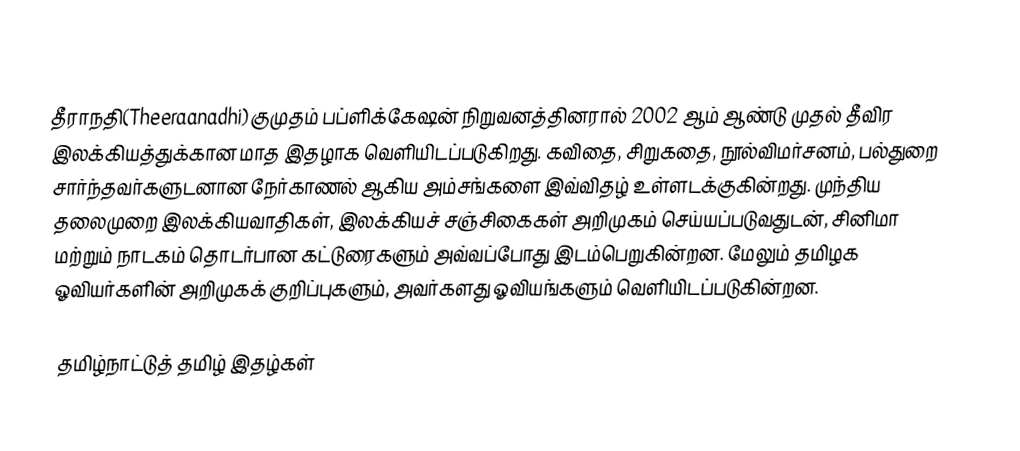
தீராநதி(Theeraanadhi) குமுதம் பப்ளிக்கேஷன் நிறுவனத்தினரால் 2002 ஆம் ஆண்டு முதல் தீவிர இலக்கியத்துக்கான மாத இதழாக வெளியிடப்படுகிறது. கவிதை, சிறுகதை, நூல்விமர்சனம், பல்துறை சார்ந்தவர்களுடனான நேர்காணல் ஆகிய அம்சங்களை இவ்விதழ் உள்ளடக்குகின்றது. முந்திய தலைமுறை இலக்கியவாதிகள், இலக்கியச் சஞ்சிகைகள் அறிமுகம் செய்யப்படுவதுடன், சினிமா மற்றும் நாடகம் தொடர்பான கட்டுரைகளும் அவ்வப்போது இடம்பெறுகின்றன. மேலும் தமிழக ஓவியர்களின் அறிமுகக் குறிப்புகளும், அவர்களது ஓவியங்களும் வெளியிடப்படுகின்றன.

தமிழ்நாட்டுத் தமிழ் இதழ்கள்